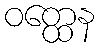
ဝတ္ထေန